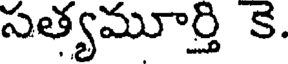
సత్యమూర్తి కె.